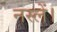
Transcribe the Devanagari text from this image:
नस्लें।